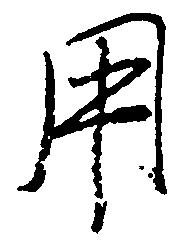
用